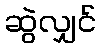
ဆွဲလျှင်